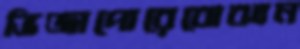
ভিজাপোরেবোঝান